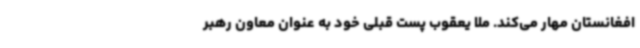
افغانستان مهار می‌کند. ملا یعقوب پست قبلی خود به عنوان معاون رهبر